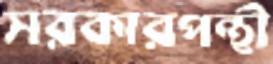
সরকারপন্থী